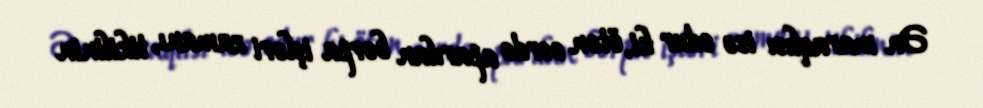
Ən maraqlısı isə odur ki, ötən əsrdə aparılan bərpa işləri zamanı, tikilinin